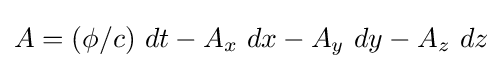
A=(\phi /c)\ dt-A_{x}\ dx-A_{y}\ dy-A_{z}\ dz